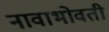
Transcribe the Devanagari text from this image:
नावाभोवती